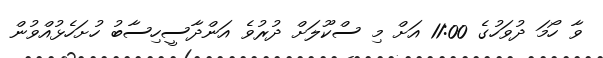
ވާ ހޯމަ ދުވަހުގެ 11:00 އަށް މި ސްކޫލަށް ދުރުވެ އަންދާސީހިސާބު ހުށަހެޅުއްވުން